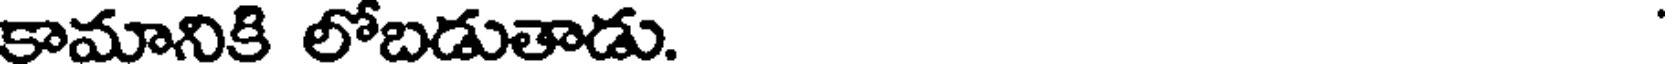
కామానికి లోబడుతాడు.